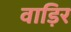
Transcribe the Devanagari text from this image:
वाड़िर